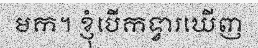
មក។ ខ្ញុំបើកទ្វារឃើញ